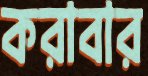
করাবার